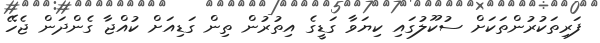
ފަރިތަކުރުންތަކަށް ސުކޫލުގައި ކިޔަވާ ގަޑީގެ އިތުރުން ތިން ގަޑިއަށް ކުއްޖާ ގެންދަން ޖެހޭ